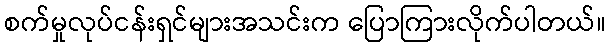
စက်မှုလုပ်ငန်းရှင်များအသင်းက ပြောကြားလိုက်ပါတယ်။